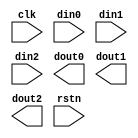
module colorspace (
               clk,
               din0,
               din1,
               din2,
               dout0,
               dout1,
               dout2,
               rstn
        );

   input                         rstn ;
   input                         clk ;
   input  [12-1:0]  din0;
   input  [12-1:0]  din1;
   input  [12-1:0]  din2;
   output [12-1:0] dout0; 
   output [12-1:0] dout1; 
   output [12-1:0] dout2; 

endmodule